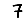
Digit: 7